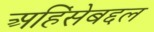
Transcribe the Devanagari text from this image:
अहिंसेबद्दल